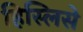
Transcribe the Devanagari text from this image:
हिस्लिसे